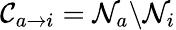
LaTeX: \mathcal{C}_{a\to i}=\mathcal{N}_{a}\backslash\mathcal{N}_{i}